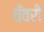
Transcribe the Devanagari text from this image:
चँवरी